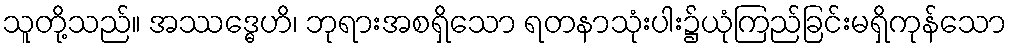
သူတို့သည်။ အဿဒ္ဓေဟိ၊ ဘုရားအစရှိသော ရတနာသုံးပါး၌ယုံကြည်ခြင်းမရှိကုန်သော